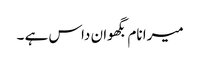
میرا نام بگھوان داس ہے ۔